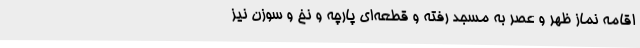
اقامه نماز ظهر و عصر به مسجد رفته و قطعه‌ای پارچه و نخ و سوزن نیز